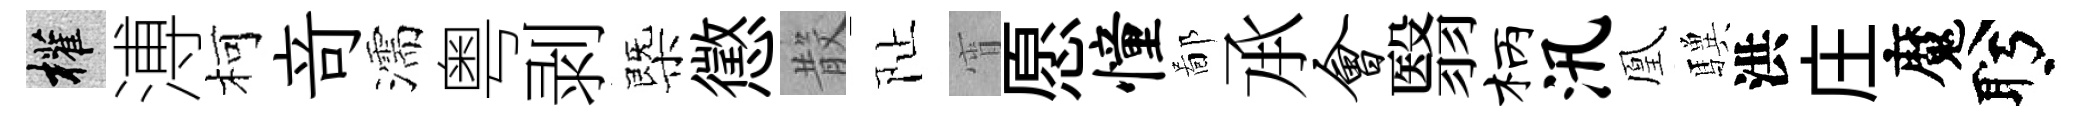
權溥柯竒濡粤剥㮣懲𣪚阯宵愿憧鄙𠄘会翳柄汛凰驥洪庄魔盻